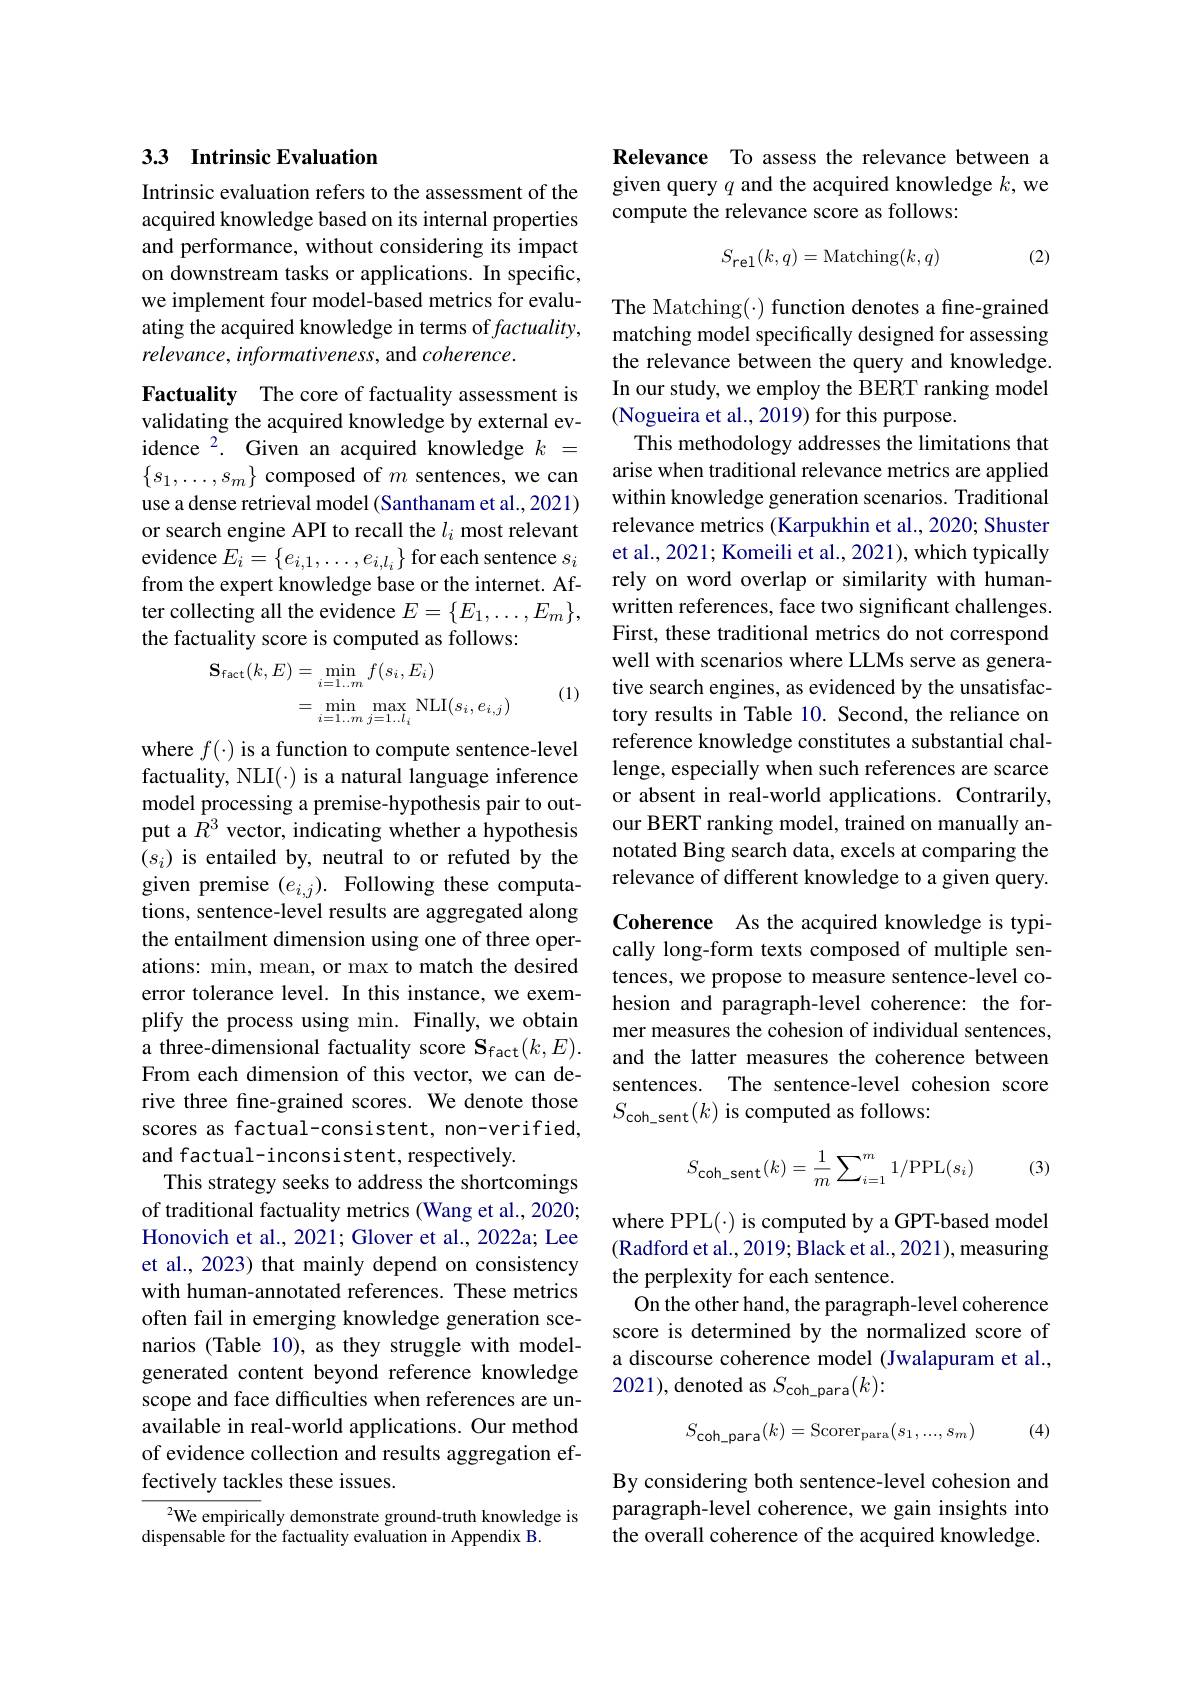
## 33 Intrinsic Evaluation

Intrinsic evaluation refers to the assessment of the acquired knowledge based on its internal properties and performance, without considering its impact on downstream tasks or applications. In specific, we implement four model-based metrics for evaluating the acquired knowledge in terms of $factuality$, relevance, informativeness, and coherence.

Factuality The core of factuality assessment is validating the acquired knowledge by external evidence$^2.$ Given an acquired knowledge $k=$ $\{s_1,\ldots,s_m\}$ composed of $m$ sentences, we can use a dense retrieval model (Santhanam et al.,2021) or search engine API to recall the $l_i$ most relevant evidence $E_i=\left\{e_{i,1},\ldots,e_{i,l_{i}}\right\}$for each sentence $s_i$ from the expert knowledge base or the internet. After collecting all the evidence $E=\{E_1,\ldots,E_m\}$, the factuality score is computed as follows:
$$\begin{aligned}\mathbf{S}_{\mathrm{fact}}(k,E)&=\operatorname*{min}_{i=1\ldots m}f(s_{i},E_{i})\\&=\operatorname*{min}_{i=1\ldots m}\operatorname*{max}_{j=1\ldots l_{i}}\mathrm{NLI}(s_{i},e_{i,j})\end{aligned}$$
(1)

where $f(\cdot)$ is a function to compute sentence-level factuality, NLI(·) is a natural language inference model processing a premise-hypothesis pair to output a $\dot{R}^{3}$ vector, indicating whether a hypothesis $(s_i)$ is entailed by, neutral to or refuted by the given premise $(e_{i,j}).$ Following these computations, sentence-level results are aggregated along the entailment dimension using one of three operations: min, mean, or max to match the desired error tolerance level. In this instance, we exemplify the process using min. Finally, we obtain a three-dimensional factuality score $\mathbf{S}_\mathrm{fact}(k,E).$ From each dimension of this vector, we can derive three fine-grained scores. We denote those scores as factual-consistent, non-verified, and factual-inconsistent, respectively.
This strategy seeks to address the shortcomings of traditional factuality metrics (Wang et al., 2020; Honovich et al., 2021; Glover et al., 2022a; Lee et al., 2023) that mainly depend on consistency with human-annotated references. These metrics often fail in emerging knowledge generation scenarios (Table 10), as they struggle with modelgenerated content beyond reference knowledge scope and face difficulties when references are unavailable in real-world applications. Our method of evidence collection and results aggregation effectively tackles these issues.
$^{2}$We empirically demonstrate ground-truth knowledge is

dispensable for the factuality evaluation in Appendix B.

Relevance To assess the relevance between a given query $q$ and the acquired knowledge $k$,we compute the relevance score as follows:
$$S_{\text{rel}}(k,q)=\text{Matching}(k,q)$$
(2)

The Matching(·) function denotes a fine-grained matching model specifically designed for assessing the relevance between the query and knowledge. In our study, we employ the BERT ranking model (Nogueira et al., 2019) for this purpose.
This methodology addresses the limitations that arise when traditional relevance metrics are applied within knowledge generation scenarios. Traditional relevance metrics (Karpukhin et al., 2020; Shuster et al., 2021; Komeili et al., 2021), which typically rely on word overlap or similarity with humanwritten references, face two significant challenges. First, these traditional metrics do not correspond well with scenarios where LLMs serve as generative search engines, as evidenced by the unsatisfactory results in Table 10. Second, the reliance on reference knowledge constitutes a substantial challenge, especially when such references are scarce or absent in real-world applications. Contrarily, our BERT ranking model, trained on manually annotated Bing search data, excels at comparing the relevance of different knowledge to a given query.

Coherence As the acquired knowledge is typically long-form texts composed of multiple sentences, we propose to measure sentence-level cohesion and paragraph-level coherence: the former measures the cohesion of individual sentences, and the latter measures the coherence between sentences. The sentence-level cohesion score $S_{\mathrm{coh\_sent}}(k)$ is computed as follows:

(3)
$$S_{\text{coh sent}}(k)=\frac{1}{m}\sum_{i=1}^{m}1/\text{PPL}(s_i)$$
where PPL(·) is computed by a GPT-based model (Radford et al., 2019; Black et al., 2021), measuring the perplexity for each sentence.
On the other hand, the paragraph-level coherence score is determined by the normalized score of a discourse coherence model (Jwalapuram et al., 2021), denoted as $S_\mathrm{coh\_para}(k):$
$$S_\text{coh para}(k)=\text{Scorer}_\text{para}(s_1,...,s_m)$$
(4)

By considering both sentence-level cohesion and paragraph-level coherence, we gain insights into the overall coherence of the acquired knowledge.